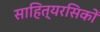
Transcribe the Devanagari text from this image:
साहित्यरसिकों